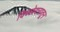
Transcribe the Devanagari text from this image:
विच्छेदनातून